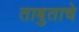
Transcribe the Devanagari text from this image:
ताबुताचे